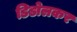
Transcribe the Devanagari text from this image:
डिडोलकर